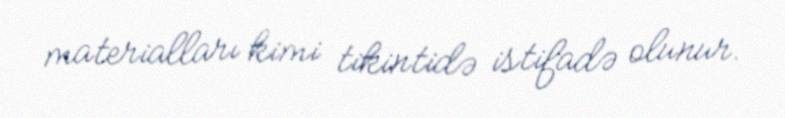
materialları kimi tikintidə istifadə olunur.